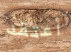
أعتقد